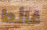
غائط